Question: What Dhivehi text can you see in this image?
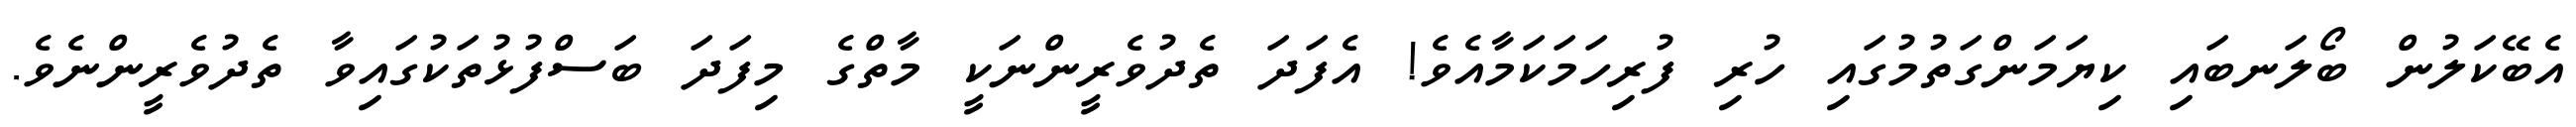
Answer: އެބޭކަލުން ބޯލަނބައި ކިޔަމަންގަތުމުގައި ހުރި ފުރިހަމަކަމާއެވެ! އެފަދަ ތެދުވެރީންނަކީ މާތްގެ މިފަދަ ބަސްފުޅުތަކުގައިވާ ތެދުވެރީންނެވެ.